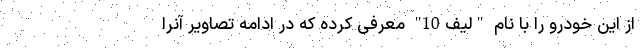
از این خودرو را با نام "لیف10" معرفی کرده که در ادامه تصاویر آنرا